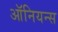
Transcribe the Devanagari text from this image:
ऑनियन्स